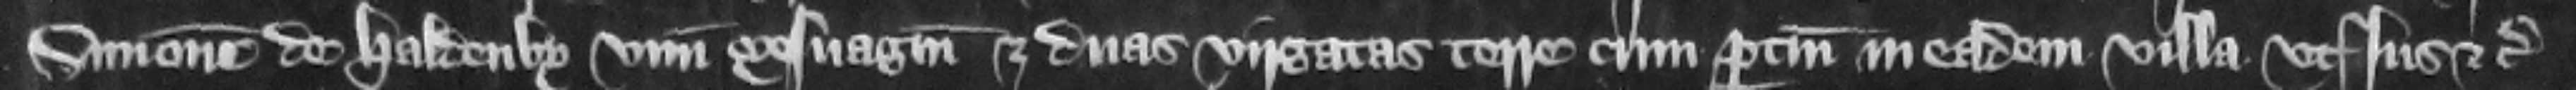
Simonem de Haldenby vnum mesuagium et duas virgatas terre cum pertinencis in eadem villa vtIus etc.